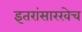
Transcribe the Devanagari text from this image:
इतरांसारखेच